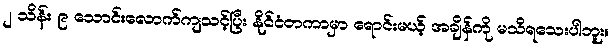
၂ သိန်း ၉ သောင်းလောက်ကျသင့်ပြီး နိုင်ငံတကာမှာ ရောင်းမယ့် အချိန်ကို မသိရသေးပါဘူး။